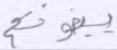
يبغونكم